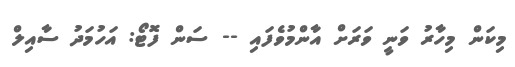
މިކަން މިހާރު ވަނީ ވަރަށް އާންމުވެފައި -- ސަން ފޮޓޯ: އަހުމަދު ސާއިލް